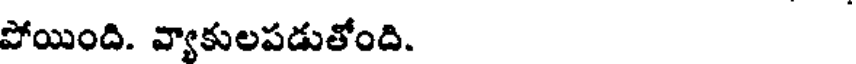
పోయింది. వ్యాకులపడుతోంది.